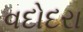
વદોદરા